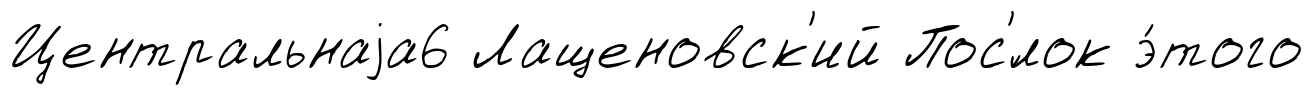
Центральнаjа6 Лащеновск'ий Пос'́лок э́того